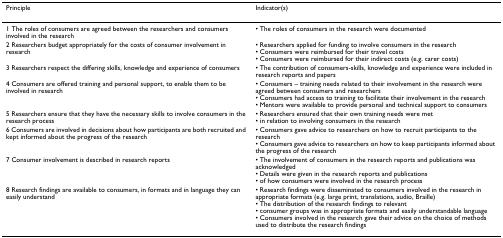
<table><thead><tr><td><b>Principle</b></td><td><b>Indicator(s)</b></td></tr></thead><tbody><tr><td>1 The roles of consumers are agreed between the researchers and consumers involved in the research</td><td>• The roles of consumers in the research were documented</td></tr><tr><td>2 Researchers budget appropriately for the costs of consumer involvement in research</td><td>• Researchers applied for funding to involve consumers in the research• Consumers were reimbursed for their travel costs• Consumers were reimbursed for their indirect costs (e.g. carer costs)</td></tr><tr><td>3 Researchers respect the differing skills, knowledge and experience of consumers</td><td>• The contribution of consumers-skills, knowledge and experience were included in research reports and papers</td></tr><tr><td>4 Consumers are offered training and personal support, to enable them to be involved in research</td><td>• Consumers – training needs related to their involvement in the research were agreed between consumers and researchers• Consumers had access to training to facilitate their involvement in the research• Mentors were available to provide personal and technical support to consumers</td></tr><tr><td>5 Researchers ensure that they have the necessary skills to involve consumers in the research process</td><td>• Researchers ensured that their own training needs were met• in relation to involving consumers in the research</td></tr><tr><td>6 Consumers are involved in decisions about how participants are both recruited and kept informed about the progress of the research</td><td>• Consumers gave advice to researchers on how to recruit participants to the research• Consumers gave advice to researchers on how to keep participants informed about the progress of the research</td></tr><tr><td>7 Consumer involvement is described in research reports</td><td>• The involvement of consumers in the research reports and publications was acknowledged• Details were given in the research reports and publications• of how consumers were involved in the research process</td></tr><tr><td>8 Research findings are available to consumers, in formats and in language they can easily understand</td><td>• Research findings were disseminated to consumers involved in the research in appropriate formats (e.g. large print, translations, audio, Braille)• The distribution of the research findings to relevant• consumer groups was in appropriate formats and easily understandable language• Consumers involved in the research gave their advice on the choice of methods used to distribute the research findings</td></tr></tbody></table>